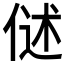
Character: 𬾬